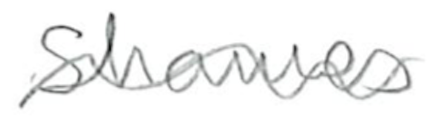
Text: Shames
Cross-out: wave
Writing tool: pencil